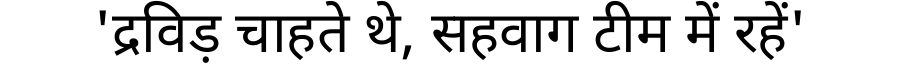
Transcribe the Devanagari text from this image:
'द्रविड़ चाहते थे, सहवाग टीम में रहें'